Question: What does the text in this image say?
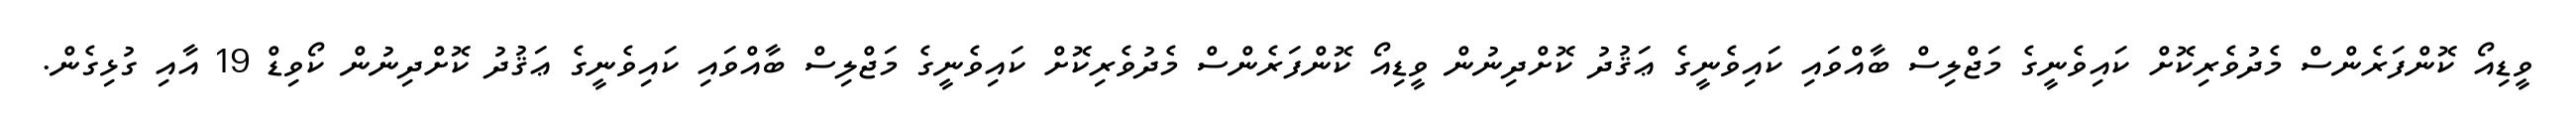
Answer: ވީޑިއޯ ކޮންފަރެންސް މެދުވެރިކޮށް ކައިވެނީގެ މަޖްލިސް ބާއްވައި ކައިވެނީގެ ޢަޤުދު ކޮށްދިނުން ވީޑިއޯ ކޮންފަރެންސް މެދުވެރިކޮށް ކައިވެނީގެ މަޖްލިސް ބާއްވައި ކައިވެނީގެ ޢަޤުދު ކޮށްދިނުން ކޯވިޑް 19 އާއި ގުޅިގެން.